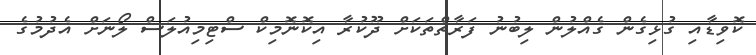
ކޮވިޑާއި ގުޅިގެން ގެއްލުން ލިބުނު ފަރާތްތަކަށް ދޫކުރާ އިކޮނޮމިކް ސްޓިމިއުލަސް ލޯނަށް އެދުމުގެ